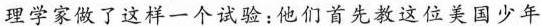
理学家做了这样一个试验，他们首先教这位美国少年